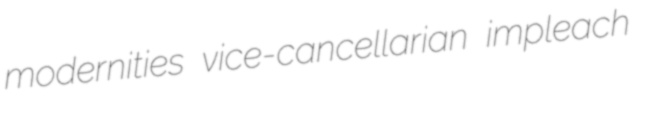
modernities vice-cancellarian impleach